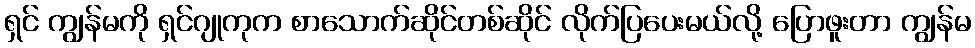
ရှင် ကျွန်မကို ရှင်ဂျုကုက စာသောက်ဆိုင်တစ်ဆိုင် လိုက်ပြပေးမယ်လို့ ပြောဖူးတာ ကျွန်မ